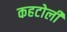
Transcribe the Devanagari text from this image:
कहटोली